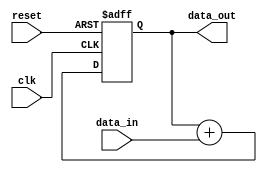
module accumulator(
    input wire clk,
    input wire reset,
    input wire [15:0] data_in,
    output wire [31:0] data_out
);

reg [31:0] accumulator_result;

always @(posedge clk or posedge reset) begin
    if(reset) begin
        accumulator_result <= 32'd0;
    end else begin
        accumulator_result <= accumulator_result + data_in;
    end
end

assign data_out = accumulator_result;

endmodule